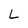
Character: L